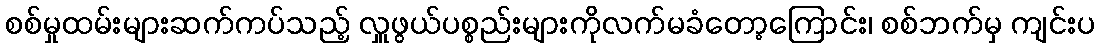
စစ်မှုထမ်းများဆက်ကပ်သည့် လှူဖွယ်ပစ္စည်းများကိုလက်မခံတော့ကြောင်း၊ စစ်ဘက်မှ ကျင်းပ